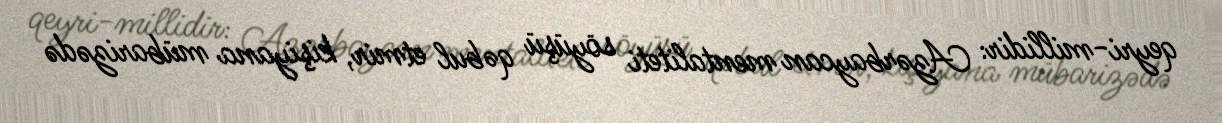
qeyri-millidir: Azərbaycan mentaliteti söyüşü qəbul etmir, kişiyana mübarizədə